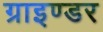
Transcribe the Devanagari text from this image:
ग्राइण्डर